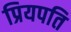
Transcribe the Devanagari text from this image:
प्रियपति